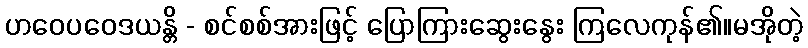
ဟဝေပဝေဒယန္တိ - စင်စစ်အားဖြင့် ပြောကြားဆွေးနွေး ကြလေကုန်၏။မအိုတဲ့